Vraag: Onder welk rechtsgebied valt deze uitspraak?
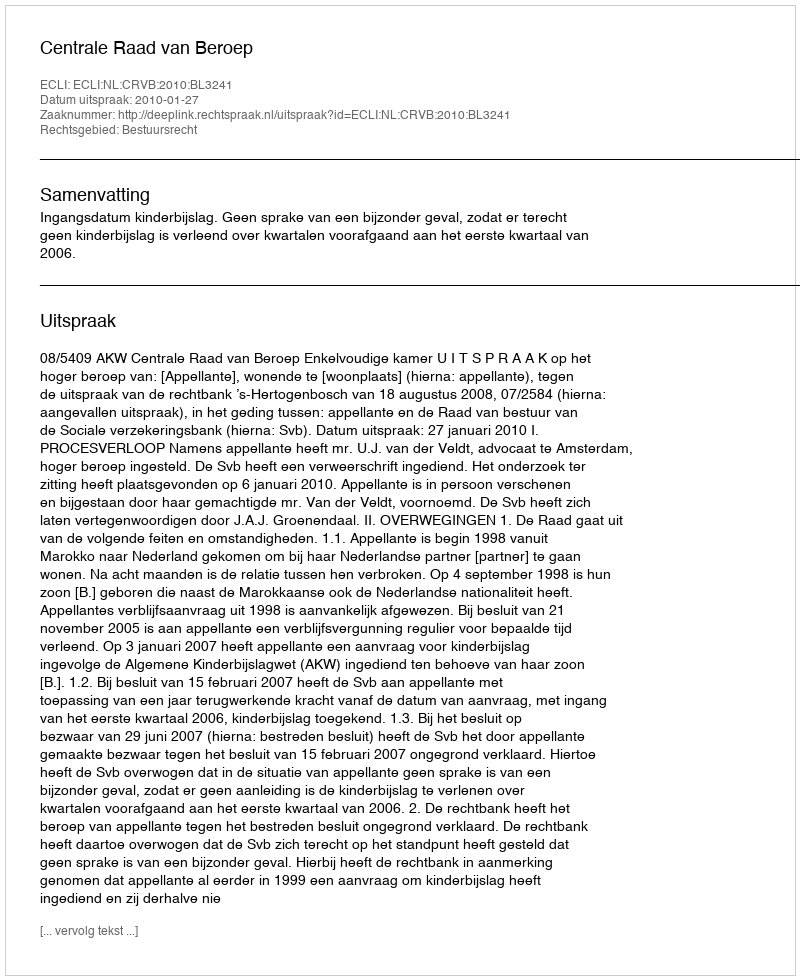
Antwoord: Bestuursrecht